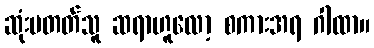
ဆုံးမတတ်သူ ဆရာဟူလော့ စကားအရ ဂါထာ။